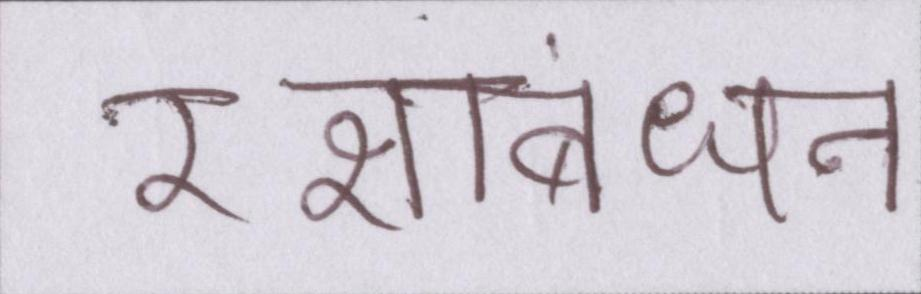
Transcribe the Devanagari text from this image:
रक्षाबंधन